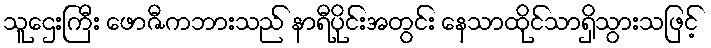
သူဌေးကြီး ဖောဇီကဘားသည် နာရီပိုင်းအတွင်း နေသာထိုင်သာရှိသွားသဖြင့်